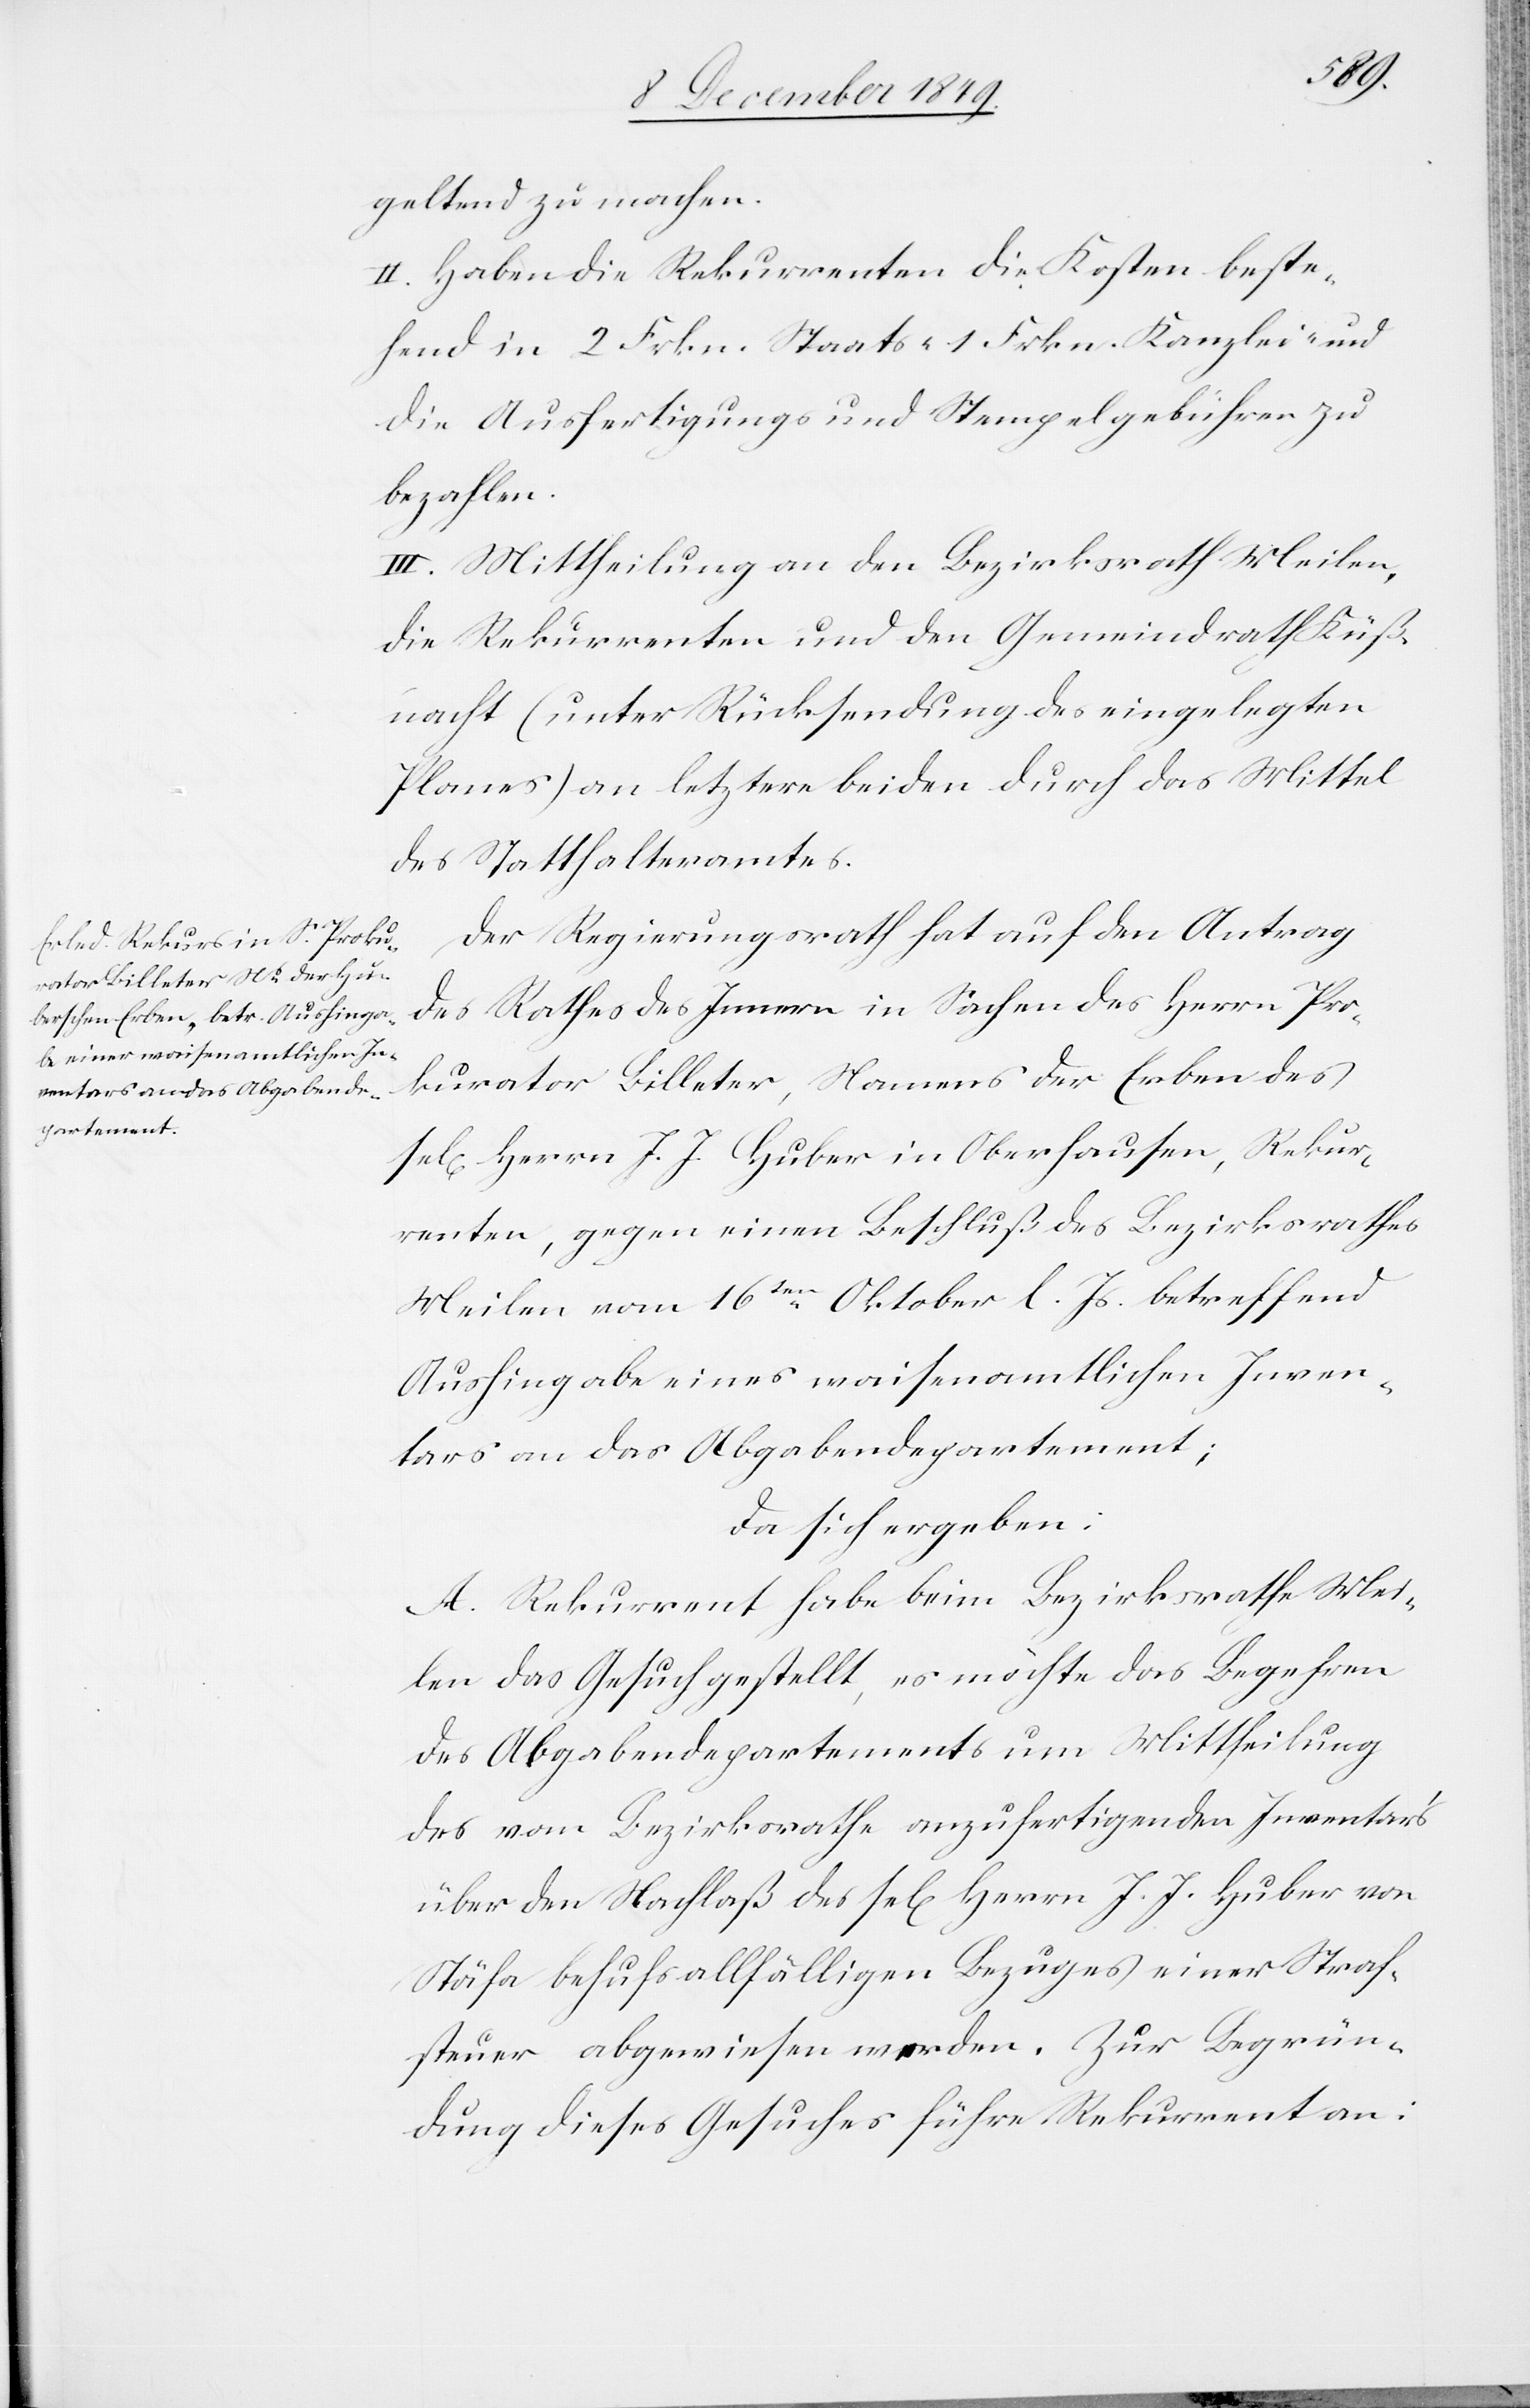
sel[i¬
geltend zu machen.
II. Haben die Rekurrenten die Kosten beste¬
hend in 2 Frkn. Staats- 1 Frkn. Kanzlei- und
die Ausfertigungs- u. Stempelgebühren zu
bezahlen.
III. Mittheilung an den Bezirksrath Meilen,
die Rekurrenten und den Gemeindrath Küß¬
nacht (unter Rücksendung des eingelegten
Planes) an letztere beiden durch das Mittel
des Statthalteramtes.
Der Regierungsrath hat auf den Antrag
des Rathes des Innern in Sachen des Herrn Pro¬
kurator Billeter, Namens der Erben des
gen] Herrn J. J. Huber in Oberhausen, Rekur¬
renten, gegen einen Beschluß des Bezirksrathes
Meilen vom 16ten Oktober l. Js. betreffend
Aushingabe eines waisenamtlichen Inven¬
tars an das Abgabendepartement;
da sich ergeben:
A. Rekurrent habe beim Bezirksrath Mei¬
len das Gesuch gestellt, es möchte das Begehren
des Abgabendepartements um Mittheilung
des vom Bezirksrathe anzufertigenden Inventars
über den Nachlaß des sel[igen] Herrn J. J. Huber von
Stäfa behufs allfälligem Bezuges einer Straf¬
steuer abgewiesen werden. Zur Begrün¬
dung dieses Gesuches führe Rekurrent an: